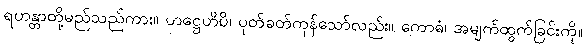
ရဟန္တာတို့မည်သည်ကား။ ဟဋ္ဌေဟိပိ၊ ပုတ်ခတ်ကုန်သော်လည်း။ ကောဓံ၊ အမျက်ထွက်ခြင်းကို။